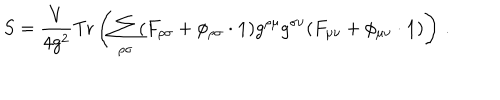
S = \frac { V } { 4 g ^ { 2 } } \mathrm { T r } \left( \sum _ { \rho \sigma } ( F _ { \rho \sigma } + \phi _ { \rho \sigma } \cdot { \bf 1 } ) g ^ { \rho \mu } g ^ { \sigma \nu } ( F _ { \mu \nu } + \phi _ { \mu \nu } \cdot { \bf 1 } ) \right) \, .